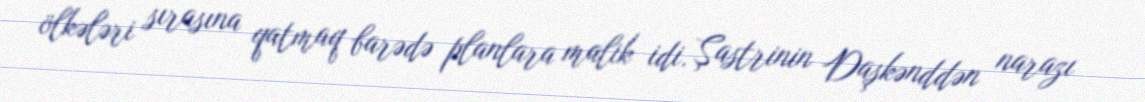
ölkələri sırasına qatmaq barədə planlara malik idi. Şastrinin Daşkənddən narazı